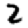
Digit: 2